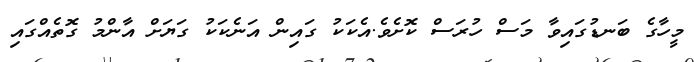
މީހާގެ ބަނޑުގައިވާ މަސް ހުރަސް ކޮށެވެ.އެކަކު ގައިން އަނެކަކު ގަޔަށް އާންމު ގޮތެއްގައި